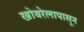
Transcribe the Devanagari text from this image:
खोबरेलापासून